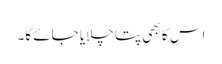
اس کا بھی پتا چلایا جائے گا۔